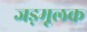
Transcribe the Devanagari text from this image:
जड़मूलक